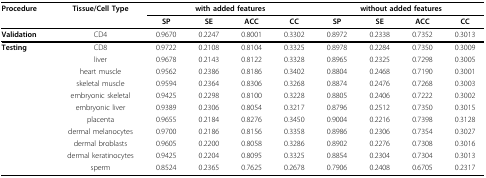
<table><thead><tr><td><b>Procedure</b></td><td><b>Tissue/Cell Type</b></td><td colspan="4"><b>with added features</b></td><td colspan="4"><b>without added features</b></td></tr><tr><td>[EMPTY_CELL]</td><td>[EMPTY_CELL]</td><td><b>SP</b></td><td><b>SE</b></td><td><b>ACC</b></td><td><b>CC</b></td><td><b>SP</b></td><td><b>SE</b></td><td><b>ACC</b></td><td><b>CC</b></td></tr></thead><tbody><tr><td><b>Validation</b></td><td>CD4</td><td>0.9670</td><td>0.2247</td><td>0.8001</td><td>0.3302</td><td>0.8972</td><td>0.2338</td><td>0.7352</td><td>0.3013</td></tr><tr><td><b>Testing</b></td><td>CD8</td><td>0.9722</td><td>0.2108</td><td>0.8104</td><td>0.3325</td><td>0.8978</td><td>0.2284</td><td>0.7350</td><td>0.3009</td></tr><tr><td>[EMPTY_CELL]</td><td>liver</td><td>0.9678</td><td>0.2143</td><td>0.8122</td><td>0.3328</td><td>0.8965</td><td>0.2325</td><td>0.7298</td><td>0.3005</td></tr><tr><td>[EMPTY_CELL]</td><td>heart muscle</td><td>0.9562</td><td>0.2386</td><td>0.8186</td><td>0.3402</td><td>0.8804</td><td>0.2468</td><td>0.7190</td><td>0.3001</td></tr><tr><td>[EMPTY_CELL]</td><td>skeletal muscle</td><td>0.9594</td><td>0.2364</td><td>0.8306</td><td>0.3268</td><td>0.8874</td><td>0.2476</td><td>0.7268</td><td>0.3003</td></tr><tr><td>[EMPTY_CELL]</td><td>embryonic skeletal</td><td>0.9425</td><td>0.2298</td><td>0.8100</td><td>0.3228</td><td>0.8805</td><td>0.2406</td><td>0.7222</td><td>0.3002</td></tr><tr><td>[EMPTY_CELL]</td><td>embryonic liver</td><td>0.9389</td><td>0.2306</td><td>0.8054</td><td>0.3217</td><td>0.8796</td><td>0.2512</td><td>0.7350</td><td>0.3015</td></tr><tr><td>[EMPTY_CELL]</td><td>placenta</td><td>0.9655</td><td>0.2184</td><td>0.8276</td><td>0.3450</td><td>0.9004</td><td>0.2216</td><td>0.7398</td><td>0.3128</td></tr><tr><td>[EMPTY_CELL]</td><td>dermal melanocytes</td><td>0.9700</td><td>0.2186</td><td>0.8156</td><td>0.3358</td><td>0.8986</td><td>0.2306</td><td>0.7354</td><td>0.3027</td></tr><tr><td>[EMPTY_CELL]</td><td>dermal broblasts</td><td>0.9605</td><td>0.2200</td><td>0.8058</td><td>0.3286</td><td>0.8902</td><td>0.2276</td><td>0.7308</td><td>0.3016</td></tr><tr><td>[EMPTY_CELL]</td><td>dermal keratinocytes</td><td>0.9425</td><td>0.2204</td><td>0.8095</td><td>0.3325</td><td>0.8854</td><td>0.2304</td><td>0.7304</td><td>0.3013</td></tr><tr><td>[EMPTY_CELL]</td><td>sperm</td><td>0.8524</td><td>0.2365</td><td>0.7625</td><td>0.2678</td><td>0.7906</td><td>0.2408</td><td>0.6705</td><td>0.2317</td></tr></tbody></table>